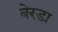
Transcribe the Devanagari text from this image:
बेरडा